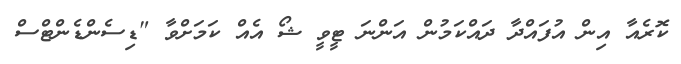
ކޮރެއާ އިން އުފައްދާ ދައްކަމުން އަންނަ ޓީވީ ޝޯ އެއް ކަމަށްވާ "ޑިސެންޑެންޓްސް